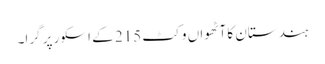
ہندستان کا آٹھواں وکٹ 215 کے اسکور پر گرا۔